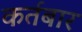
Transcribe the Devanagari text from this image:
कर्तबार